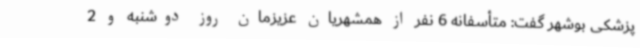
پزشکی بوشهر گفت: متأسفانه 6 نفر از همشهریان عزیزمان روز دوشنبه و 2